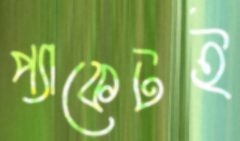
প্যাকেটই